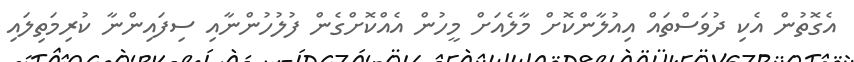
އެގޮތުން އެކި ދުވަސްތައް އިއުލާންކޮށް މާލެއަށް މީހުން އެއްކޮށްގެން ފުލުހުންނާއި ސިފައިންނާ ކުރިމަތިލައި